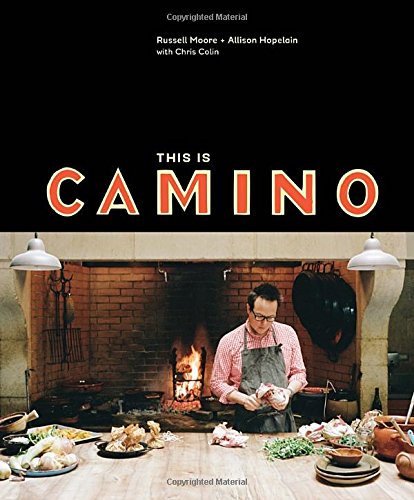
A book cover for This Is Camino; Russell Moore; Cookbooks, Food & Wine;